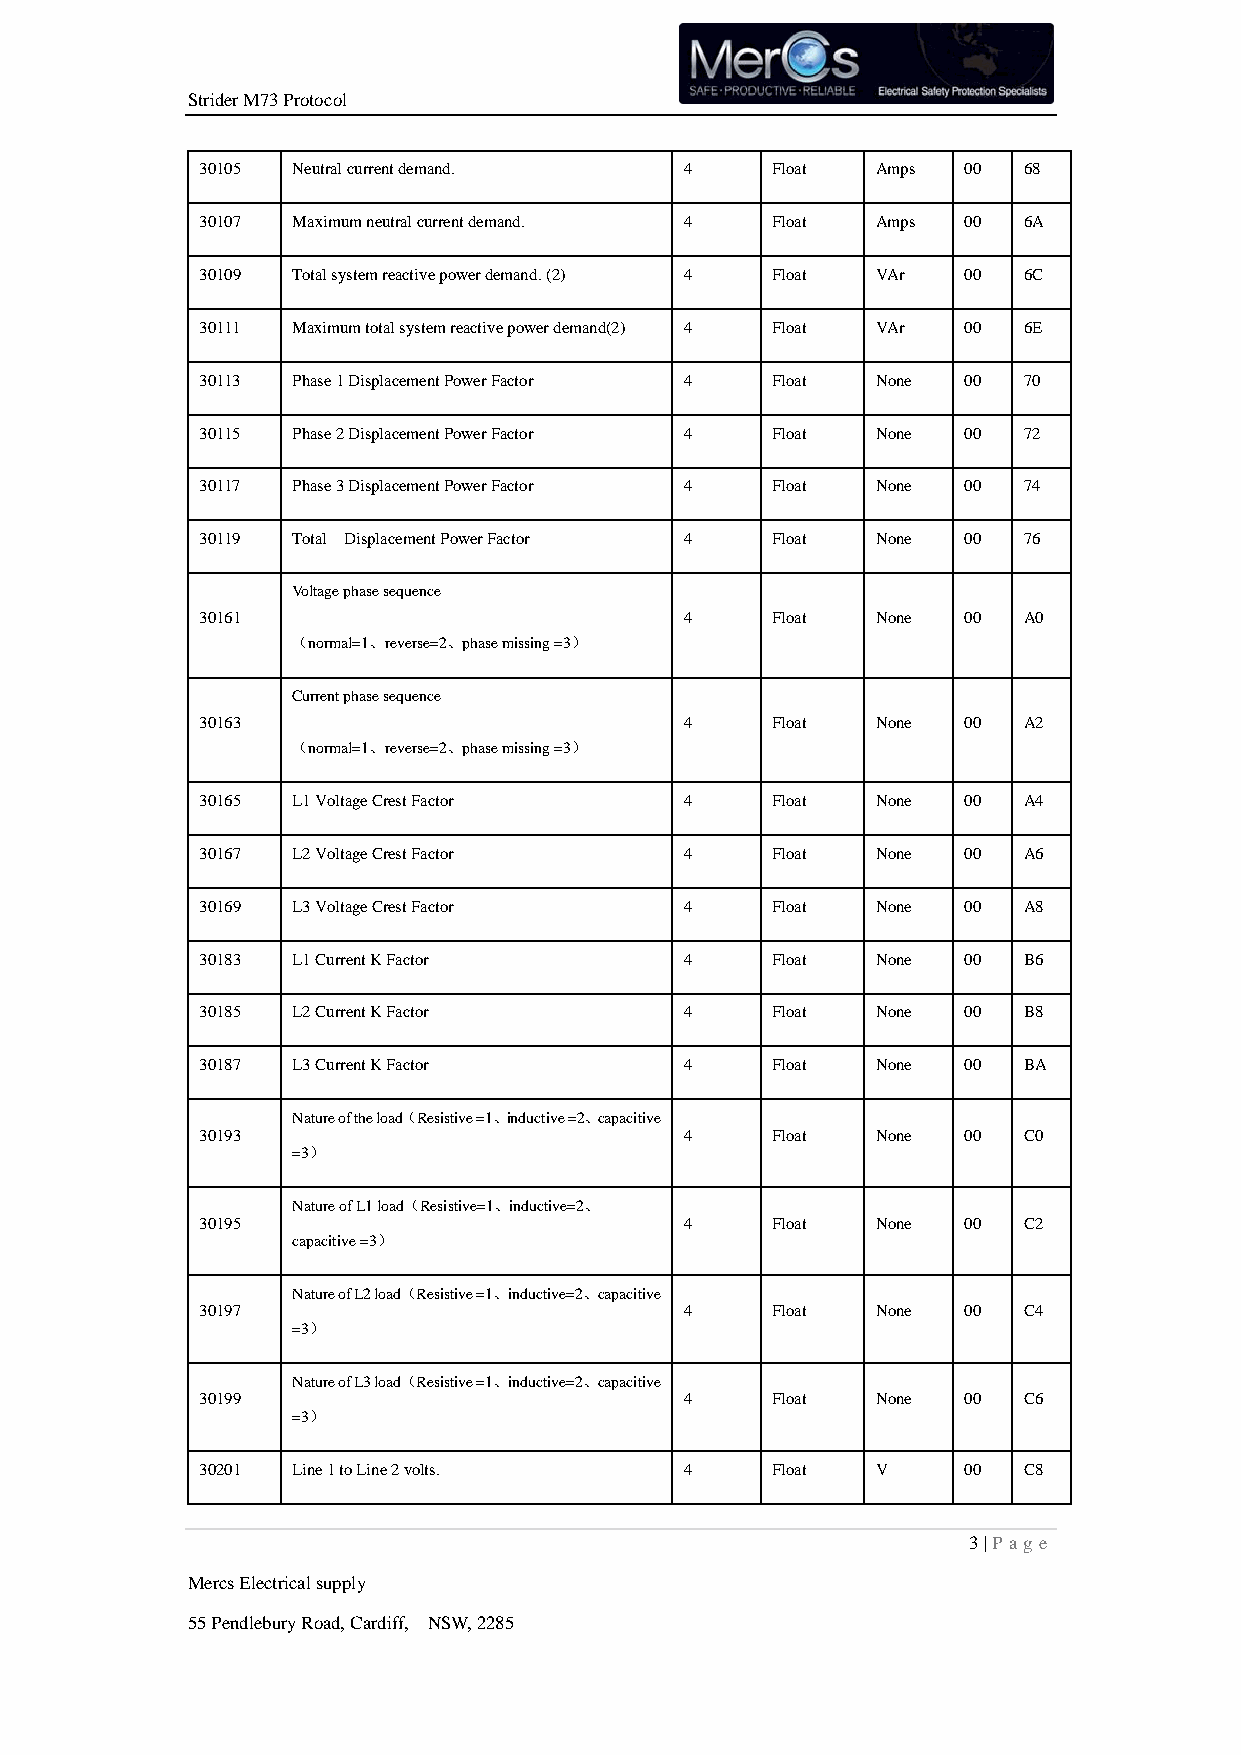
Strider M73 Protocol
 30105 Neutral current demand.   4     Float  Amps  00  68
 30107 Maximum neutral current demand. 4 Float Amps 00  6A
 30109 Total system reactive power demand. (2) 4 Float VAr 00 6C
 30111 Maximum total system reactive power demand(2) 4 Float VAr 00 6E
 30113 Phase 1 Displacement Power Factor 4 Float None 00 70
 30115 Phase 2 Displacement Power Factor 4 Float None 00 72
 30117 Phase 3 Displacement Power Factor 4 Float None 00 74
 30119 Total Displacement Power Factor 4 Float None 00  76
 Voltage phase sequence
 30161                           4     Float  None  00  A0
 （normal=1、reverse=2、phase missing =3）
 Current phase sequence
 30163                           4     Float  None  00  A2
 （normal=1、reverse=2、phase missing =3）
 30165 L1 Voltage Crest Factor   4     Float  None  00  A4
 30167 L2 Voltage Crest Factor   4     Float  None  00  A6
 30169 L3 Voltage Crest Factor   4     Float  None  00  A8
 30183 L1 Current K Factor       4     Float  None  00  B6
 30185 L2 Current K Factor       4     Float  None  00  B8
 30187 L3 Current K Factor       4     Float  None  00  BA
 Nature of the load（Resistive =1、inductive =2、capacitive
 30193                           4     Float  None  00  C0
 =3）
 Nature of L1 load（Resistive=1、inductive=2、
 30195                           4     Float  None  00  C2
 capacitive =3）
 Nature of L2 load（Resistive =1、inductive=2、capacitive
 30197                           4     Float  None  00  C4
 =3）
 Nature of L3 load（Resistive =1、inductive=2、capacitive
 30199                           4     Float  None  00  C6
 =3）
 30201 Line 1 to Line 2 volts.   4     Float  V     00  C8
 3 | P age
 Mercs Electrical supply
 55 Pendlebury Road, Cardiff, NSW, 2285